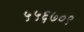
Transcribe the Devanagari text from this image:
५५६७०९